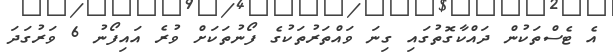
އެ ޓެސްތަކުން ދައްކާގޮތުގައި ގިނަ ވައްތަރުތަކުގެ ފޯނުތަކަށް ވުރެ އައިފޯނު 6 ވަރުގަދަ